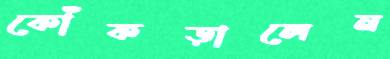
কোঁকড়ালেন